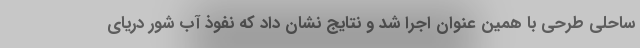
ساحلی طرحی با همین عنوان اجرا شد و نتایج نشان داد که نفوذ آب شور دریای